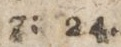
7: 24.